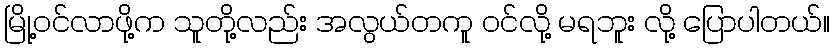
မြို့ဝင်လာဖို့က သူတို့လည်း အလွယ်တကူ ဝင်လို့ မရဘူး လို့ ပြောပါတယ်။